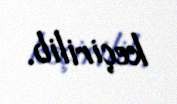
keçirilib.